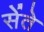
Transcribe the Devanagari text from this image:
सेंते